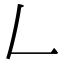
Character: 𠃋